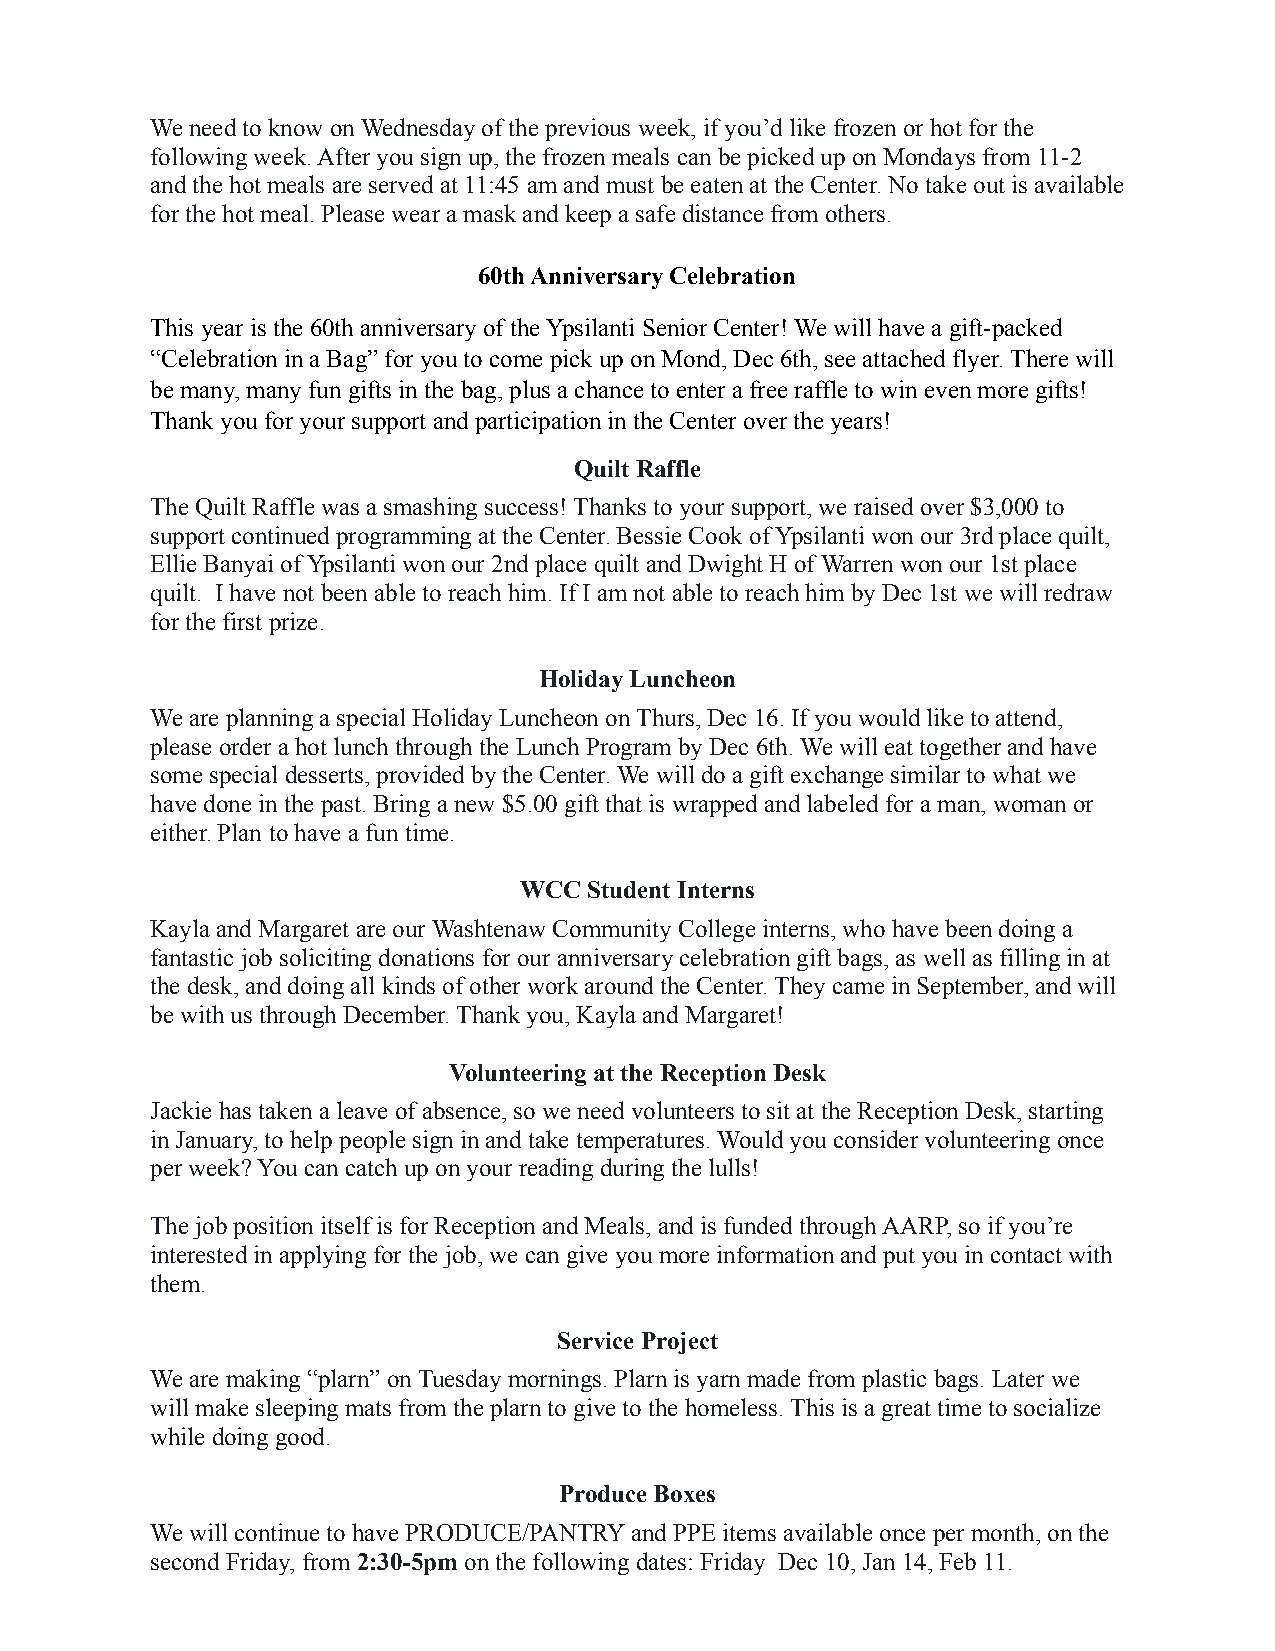
We need to know on Wednesday of the previous week, if you’d like frozen or hot for the
 following week. After you sign up, the frozen meals can be picked up on Mondays from 11-2
 and the hot meals are served at 11:45 am and must be eaten at the Center. No take out is available
 for the hot meal. Please wear a mask and keep a safe distance from others.
 60th Anniversary Celebration
 This year is the 60th anniversary of the Ypsilanti Senior Center! We will have a gift-packed
 “Celebration in a Bag” for you to come pick up on Mond, Dec 6th, see attached flyer. There will
 be many, many fun gifts in the bag, plus a chance to enter a free raffle to win even more gifts!
 Thank you for your support and participation in the Center over the years!
 Quilt Raffle
 The Quilt Raffle was a smashing success! Thanks to your support, we raised over $3,000 to
 support continued programming at the Center. Bessie Cook of Ypsilanti won our 3rd place quilt,
 Ellie Banyai of Ypsilanti won our 2nd place quilt and Dwight H of Warren won our 1st place
 quilt. I have not been able to reach him. If I am not able to reach him by Dec 1st we will redraw
 for the first prize.
 Holiday Luncheon
 We are planning a special Holiday Luncheon on Thurs, Dec 16. If you would like to attend,
 please order a hot lunch through the Lunch Program by Dec 6th. We will eat together and have
 some special desserts, provided by the Center. We will do a gift exchange similar to what we
 have done in the past. Bring a new $5.00 gift that is wrapped and labeled for a man, woman or
 either. Plan to have a fun time.
 WCC  Student Interns
 Kayla and Margaret are our Washtenaw Community College interns, who have been doing a
 fantastic job soliciting donations for our anniversary celebration gift bags, as well as filling in at
 the desk, and doing all kinds of other work around the Center. They came in September, and will
 be with us through December. Thank you, Kayla and Margaret!
 Volunteering at the Reception Desk
 Jackie has taken a leave of absence, so we need volunteers to sit at the Reception Desk, starting
 in January, to help people sign in and take temperatures. Would you consider volunteering once
 per week? You can catch up on your reading during the lulls!
 The job position itself is for Reception and Meals, and is funded through AARP, so if you’re
 interested in applying for the job, we can give you more information and put you in contact with
 them.
 Service Project
 We are making “plarn” on Tuesday mornings. Plarn is yarn made from plastic bags. Later we
 will make sleeping mats from the plarn to give to the homeless. This is a great time to socialize
 while doing good.
 Produce Boxes
 We will continue to have PRODUCE/PANTRY and PPE items available once per month, on the
 second Friday, from2:30-5pm on the following dates: Friday Dec 10, Jan 14, Feb 11.